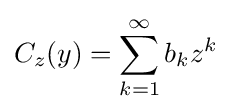
C_{z}(y)=\sum _{k=1}^{\infty }b_{k}z^{k}